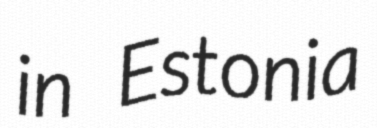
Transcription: in Estonia